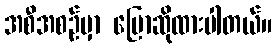
အစီအစဉ်မှာ ပြောဆိုထားပါတယ်။